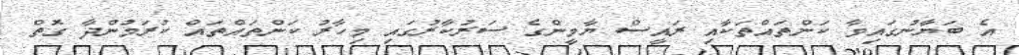
އެ ބަޔާނުގައިވާ ކަންތައްތަކާއި ރައީސް ޔާމީންގެ ސަރުކާރުގައި މިހާރު ކަންތައްތައް ކުރަމުންދާ ގޮތް